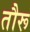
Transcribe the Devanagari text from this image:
तौरू